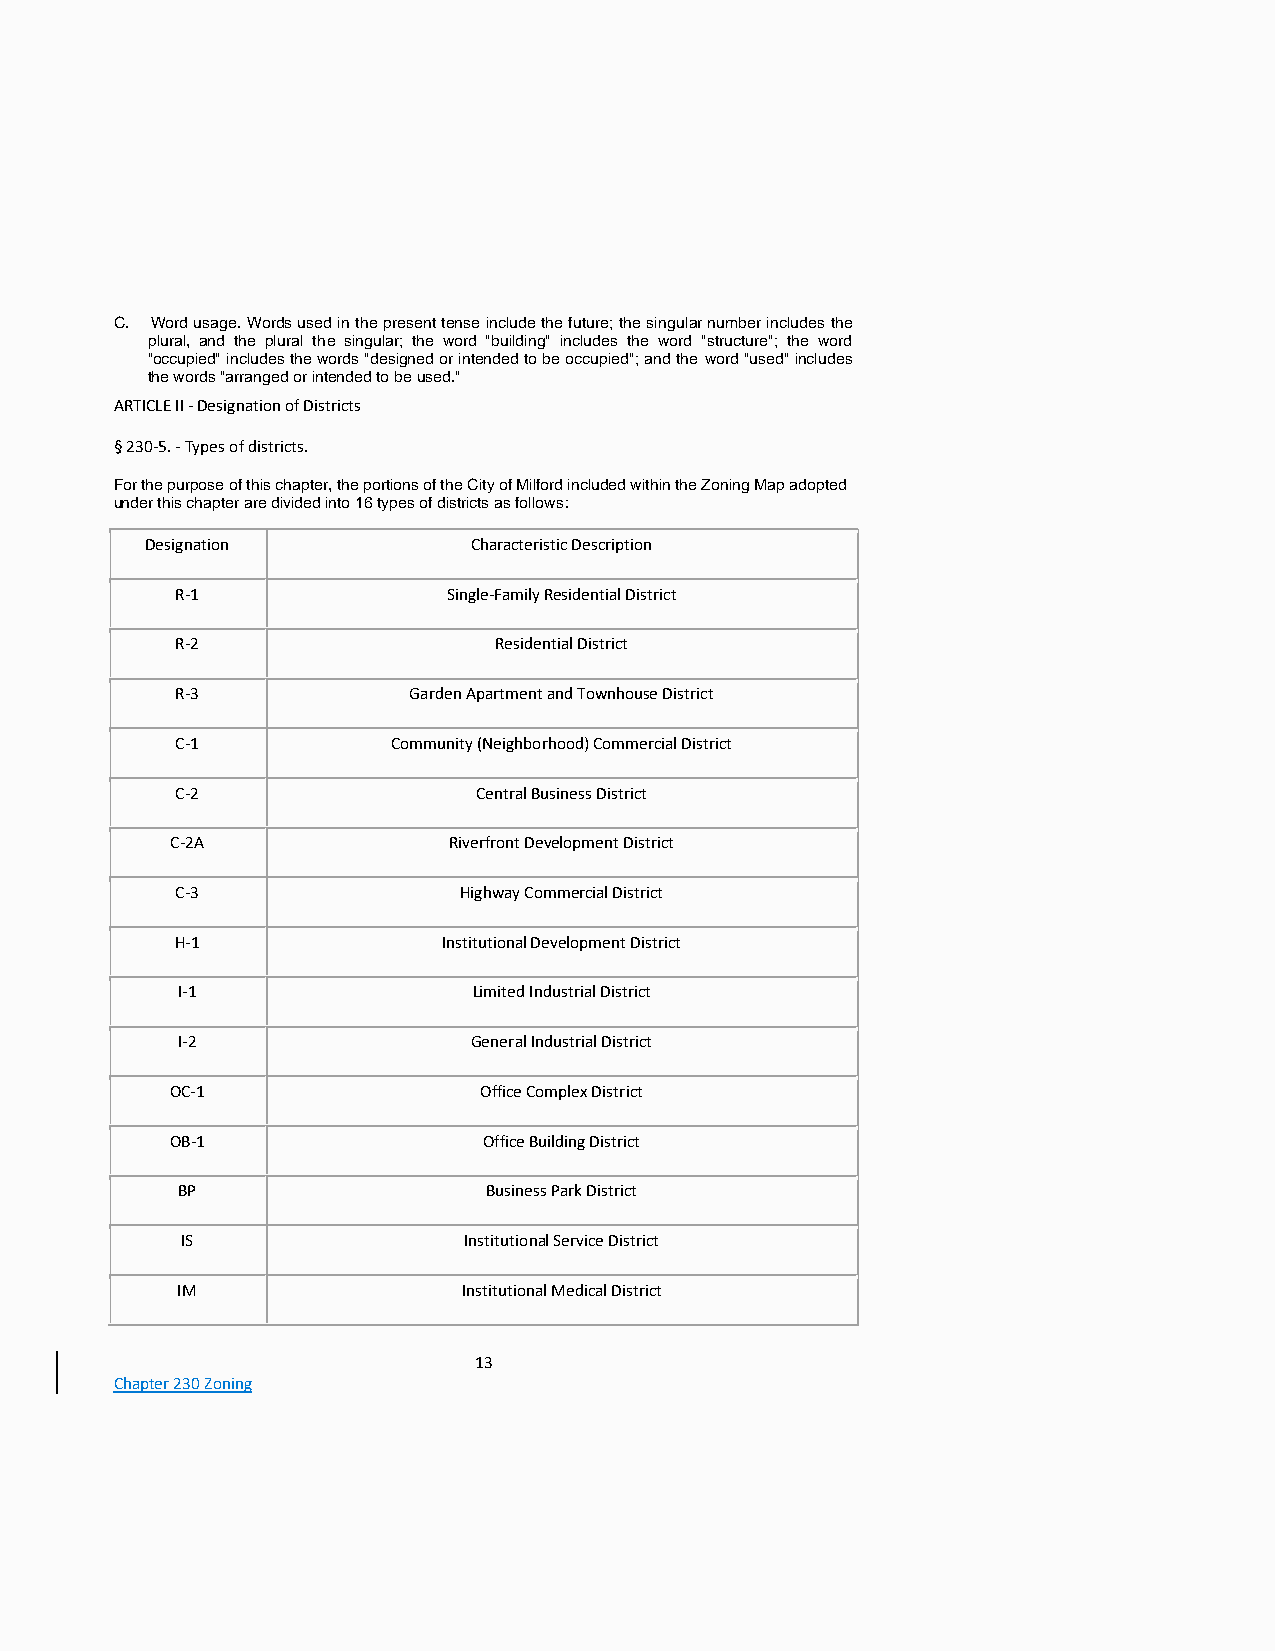
C. Word usage. Words used in the present tense include the future; the singular number includes the
 plural, and the plural the singular; the word "building" includes the word "structure"; the word
 "occupied" includes the words "designed or intended to be occupied"; and the word "used" includes
 the words "arranged or intended to be used."
 ARTICLE II - Designation of Districts
 § 230-5. - Types of districts.
 For the purpose of this chapter, the portions of the City of Milford included within the Zoning Map adopted
 under this chapter are divided into 16 types of districts as follows:
 Designation          Characteristic Description
 R-1               Single-Family Residential District
 R-2                  Residential District
 R-3            Garden Apartment and Townhouse District
 C-1           Community (Neighborhood) Commercial District
 C-2                 Central Business District
 C-2A               Riverfront Development District
 C-3               Highway Commercial District
 H-1              Institutional Development District
 I-1                Limited Industrial District
 I-2                General Industrial District
 OC-1                 Office Complex District
 OB-1                 Office Building District
 BP                  Business Park District
 IS                 Institutional Service District
 IM                 Institutional Medical District
 13
 Chapter 230 Zoning